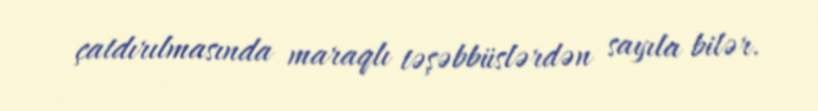
çatdırılmasında maraqlı təşəbbüslərdən sayıla bilər.